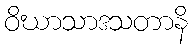
ဝိဃာသာဒသတာနိ